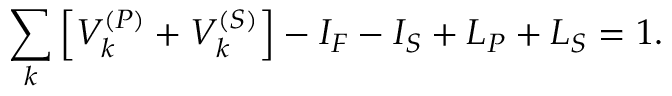
\sum _ { k } \left[ V _ { k } ^ { ( P ) } + V _ { k } ^ { ( S ) } \right] - I _ { F } - I _ { S } + L _ { P } + L _ { S } = 1 .